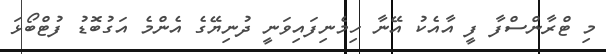
މި ޓްރާންސްފާ ފީ އާއެކު އޭނާ ހިމެނިފައިވަނީ ދުނިޔޭގެ އެންމެ އަގުބޮޑު ފުޓްބޯޅަ